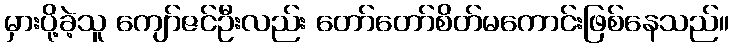
မှားပို့ခဲ့သူ ကျော်ဇင်ဦးလည်း တော်တော်စိတ်မကောင်းဖြစ်နေသည်။